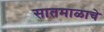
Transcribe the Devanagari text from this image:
सातमाळाचे